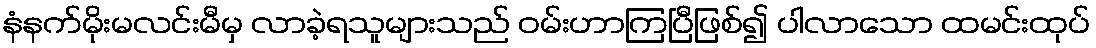
နံနက်မိုးမလင်းမီမှ လာခဲ့ရသူများသည် ဝမ်းဟာကြပြီဖြစ်၍ ပါလာသော ထမင်းထုပ်